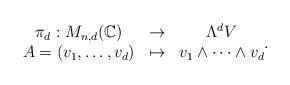
LaTeX: \begin{align*}\begin{matrix}\pi_{d}:M_{n,d}(\mathbb C)&\to &\Lambda^{d}V\\A=(v_1,\dots,v_d)&\mapsto&v_1\wedge \dots \wedge v_d\\\end{matrix}.\end{align*}